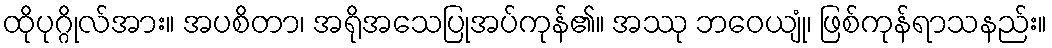
ထိုပုဂ္ဂိုလ်အား။ အပစိတာ၊ အရိုအသေပြုအပ်ကုန်၏။ အဿု ဘဝေယျုံ၊ ဖြစ်ကုန်ရာသနည်း။